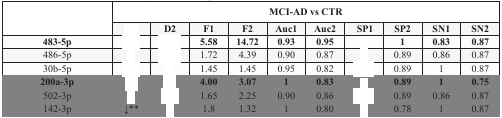
<table><thead><tr><td rowspan="2">[EMPTY_CELL]</td><td colspan="10"><b>MCI-AD vs CTR</b></td></tr><tr><td>[EMPTY_CELL]</td><td><b>D2</b></td><td><b>F1</b></td><td><b>F2</b></td><td><b>Auc1</b></td><td><b>Auc2</b></td><td><b>SP1</b></td><td><b>SP2</b></td><td><b>SN1</b></td><td><b>SN2</b></td></tr></thead><tbody><tr><td><b>483-5p</b></td><td>[EMPTY_CELL]</td><td>[EMPTY_CELL]</td><td><b>5.58</b></td><td><b>14.72</b></td><td><b>0.93</b></td><td><b>0.95</b></td><td>[EMPTY_CELL]</td><td><b>1</b></td><td><b>0.83</b></td><td><b>0.87</b></td></tr><tr><td>486-5p</td><td>[EMPTY_CELL]</td><td>[EMPTY_CELL]</td><td>1.72</td><td>4.39</td><td>0.90</td><td>0.87</td><td>[EMPTY_CELL]</td><td>0.89</td><td>0.86</td><td>0.87</td></tr><tr><td>30b-5p</td><td>[EMPTY_CELL]</td><td>[EMPTY_CELL]</td><td>1.45</td><td>1.45</td><td>0.95</td><td>0.82</td><td>[EMPTY_CELL]</td><td>0.89</td><td>1</td><td>0.87</td></tr><tr><td><b>200a-3p</b></td><td>[EMPTY_CELL]</td><td>[EMPTY_CELL]</td><td><b>4.00</b></td><td><b>3.07</b></td><td><b>1</b></td><td><b>0.83</b></td><td>[EMPTY_CELL]</td><td><b>0.89</b></td><td><b>1</b></td><td><b>0.75</b></td></tr><tr><td>502-3p</td><td>[EMPTY_CELL]</td><td>[EMPTY_CELL]</td><td>1.65</td><td>2.25</td><td>0.90</td><td>0.86</td><td>[EMPTY_CELL]</td><td>0.89</td><td>0.86</td><td>0.87</td></tr><tr><td>142-3p</td><td>↓**</td><td>[EMPTY_CELL]</td><td>1.8</td><td>1.32</td><td>1</td><td>0.80</td><td>[EMPTY_CELL]</td><td>0.78</td><td>1</td><td>0.87</td></tr></tbody></table>